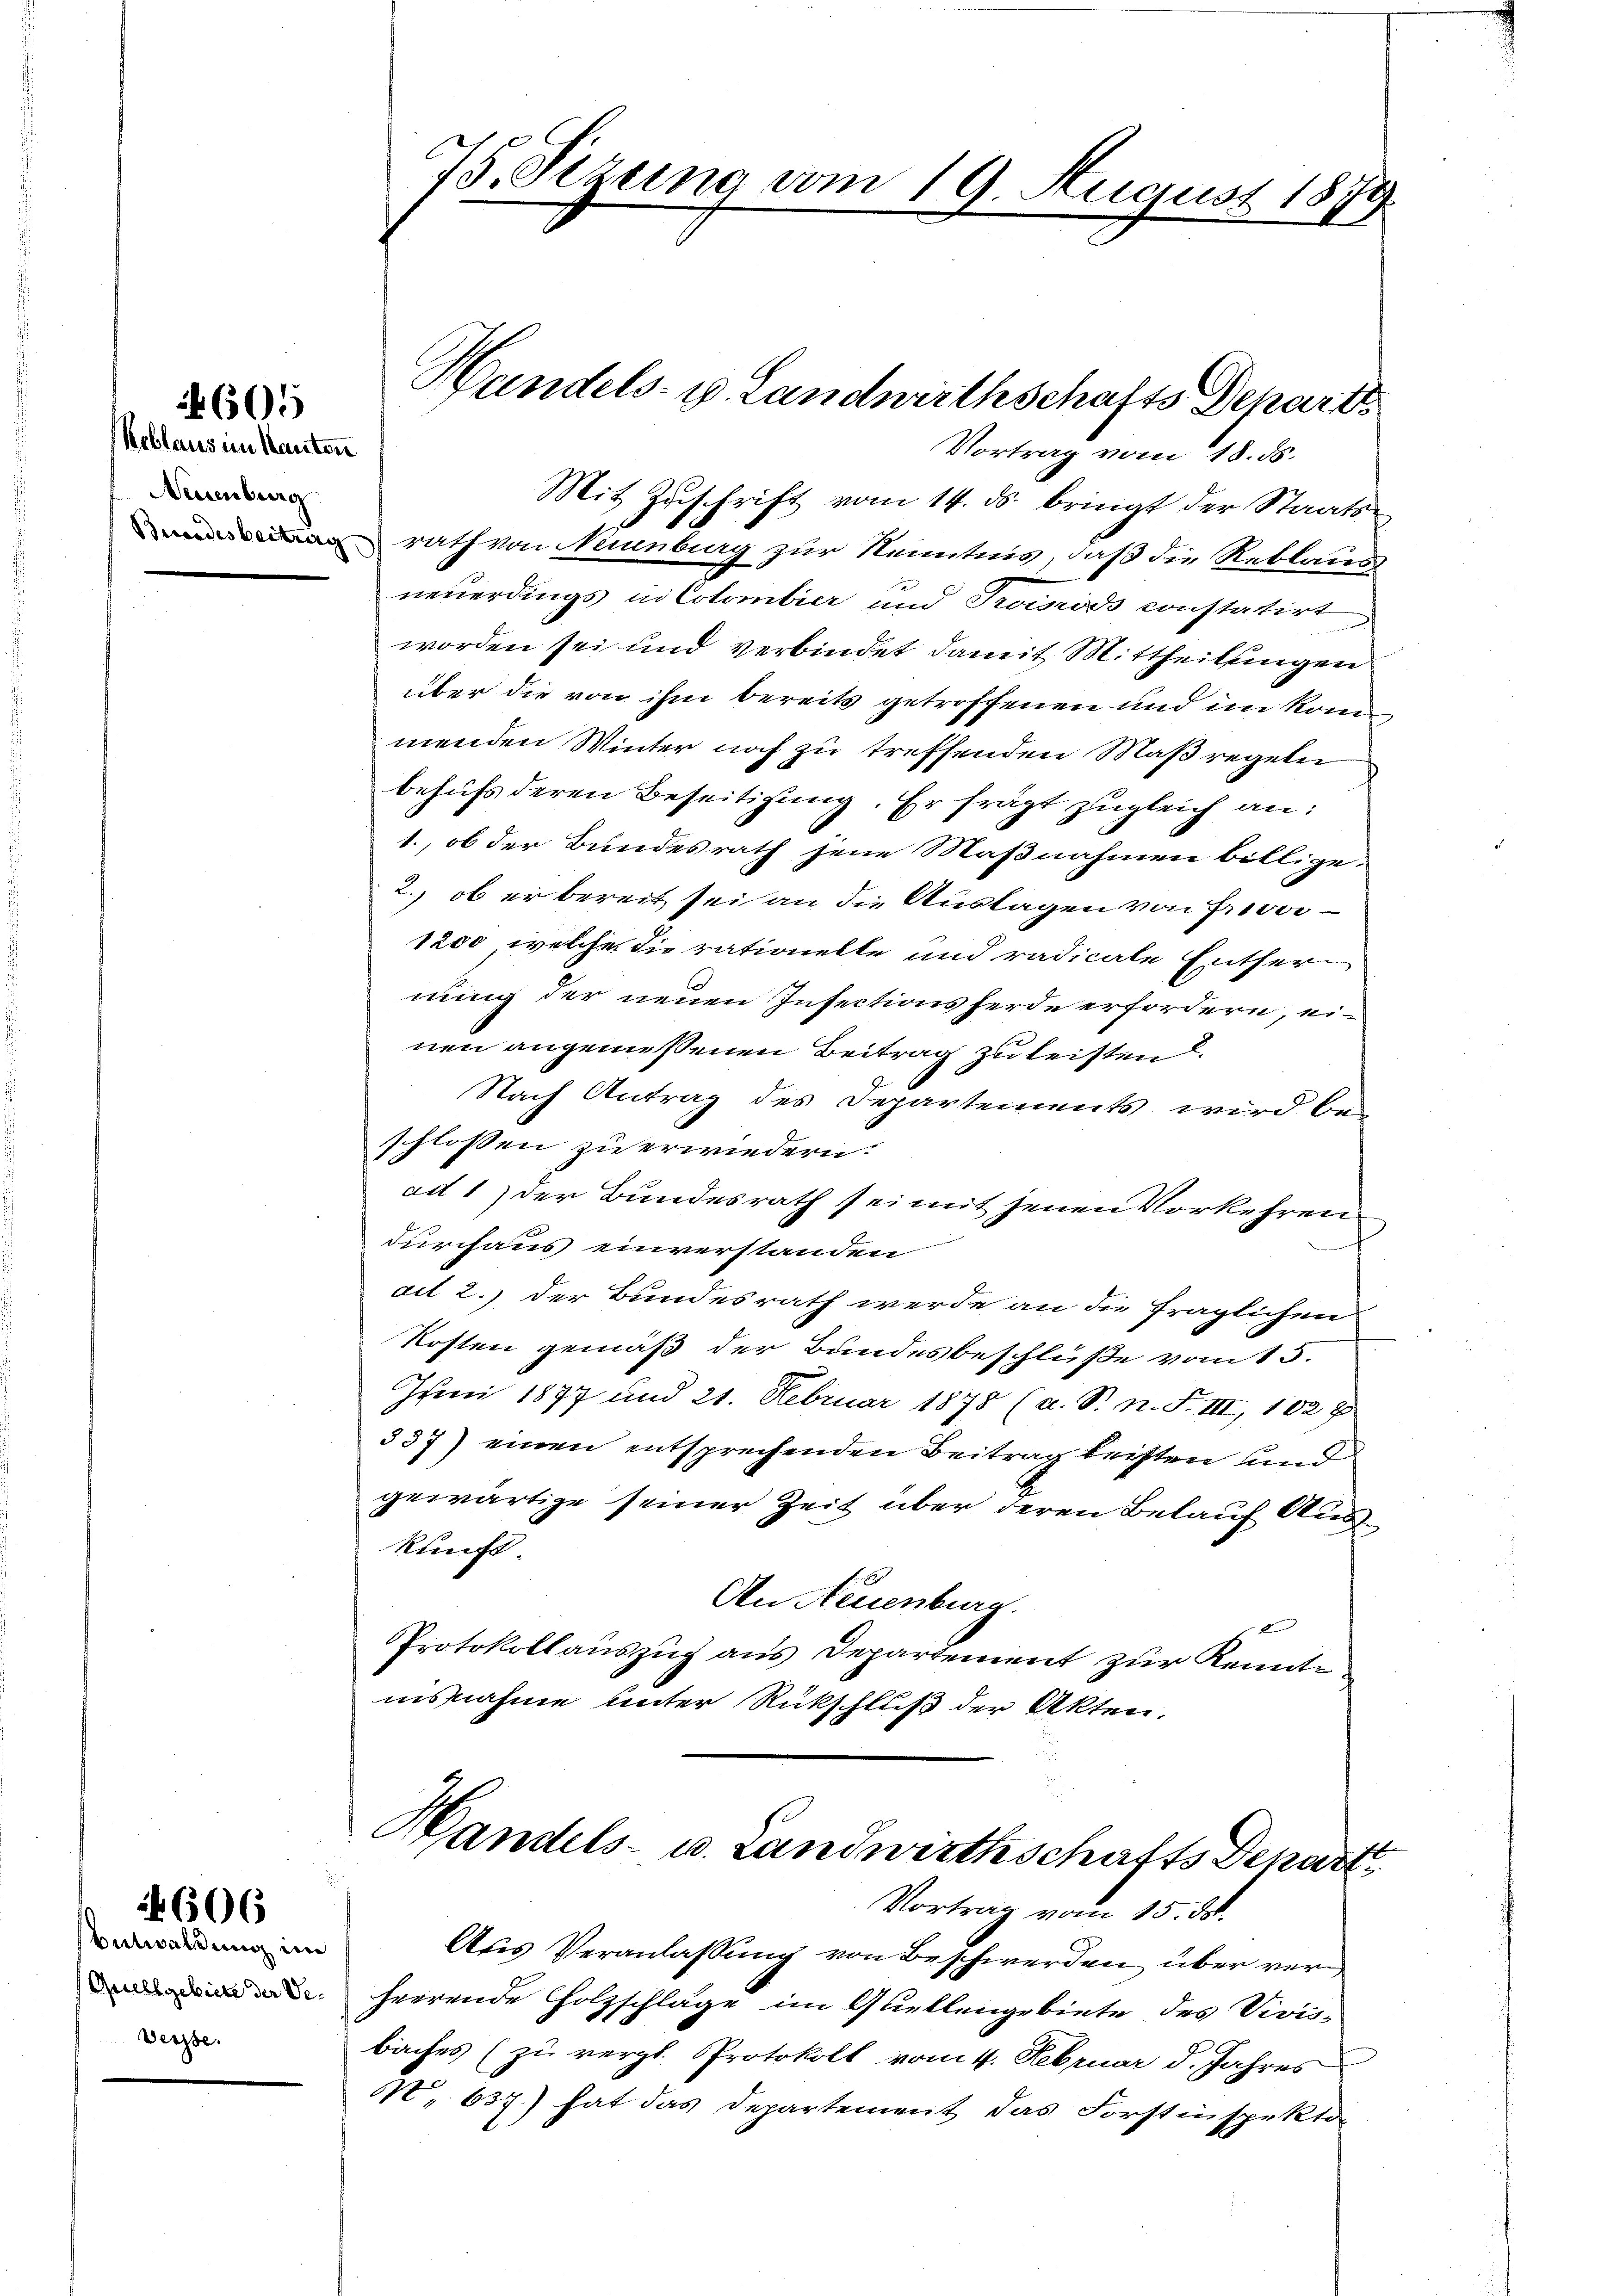
Reblaus im Kantone
Neuenburg

606

605

Entwaldung im
(Quell gebiete der Ve¬
Werzte.

neuerdings ni Colombier und Troirds constatirt
worden sei und verbindet damit Mittheilungen
über die von ihm bereits getroffenen und im konn
menden Winter noch zu treffenden Maßregeln
behufs deren Beseitigung. Er frägt zugleich an:
1., ob der Bundesrath jene Maßnahmen billige-
2.) ob er bereit sei an die Auslagen von Frive
1200, welche die rationelle und radicale Entfer
nung der neuen Insectionsferde erfordern, einen angemessenen Beitrag zu leisten.
Nach Antrag des Departements wird bei
schlossen zu erwiedern.
ad 1) der Bundesrath sei mit jenen Vorkehren
durchaus einverstanden
ait 2.) Der Bundesrath werde an die fraglichen
Kosten gemäß der Bundesbeschluße vom 15.
Juni 1877 und 21. Februar 1878 (a. S. n. F. III, 1028
337) einen entsprechenden Beitrag leisten und
gewärtige seiner Zeit über deren Belauf Auskunft.
An Neuenburg.
Protokollauszug aus Departement zur Kennte
nisnahme unter Rückschluß der Akten.

75. Sezung vom 19. August 1879

Handels- u. Landwirthschafts Depart
Vortrag vom 18. ds.
Mit Zŭschrift vom 14. ds. bringt der Staats-
rath von Neunberg zur Kenntnis, daß die Reblaus

Aus Veranlassung von Beschwerden über verheerende Holzschläge im Quellengebiete des Vivisbaches (zu vergl. Protokoll vom 4. Februar d. Jahres
NNo 637.) hat das Departement das Forstinspekto

Handels- u. Landwirthschafts Depart
Vortrag vom 15. ds.